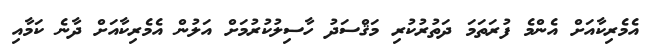
އެމެރިކާއަށް އެެންމެ ފުރަތަމަ ދަތުރުކުރި މަޤްސަދު ހާސިލުކުރުމަށް އަލުން އެމެރިކާއަށް ދާނެ ކަމާއި